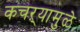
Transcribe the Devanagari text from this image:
कचऱ्यामुळे